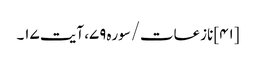
[۴۱] نازعات/سوره۷۹، آیت ۱۷۔